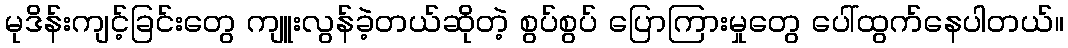
မုဒိန်းကျင့်ခြင်းတွေ ကျူးလွန်ခဲ့တယ်ဆိုတဲ့ စွပ်စွပ် ပြောကြားမှုတွေ ပေါ်ထွက်နေပါတယ်။